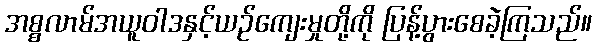
အစ္စလာမ်အယူဝါဒနှင့်ယဉ်ကျေးမှုတို့ကို ပြန့်ပွားစေခဲ့ကြသည်။